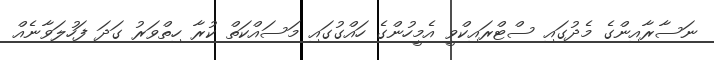
ނަސާރާއިންގެ މެދުގައި ސްޓްރައިކްވީ އެމީހުންގެ ހައްގުގައި މަސައްކަތް ކުރާ ހިތްވަރު ގަދަ ފަހުލަވާނެއް